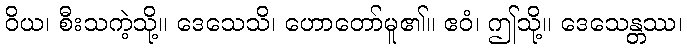
ဝိယ၊ စီးသကဲ့သို့။ ဒေသေသိ၊ ဟောတော်မူ၏။ ဧဝံ၊ ဤသို့။ ဒေသေန္တဿ၊